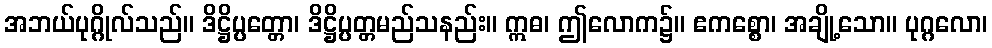
အဘယ်ပုဂ္ဂိုလ်သည်။ ဒိဋ္ဌိပ္ပတ္တော၊ ဒိဋ္ဌိပ္ပတ္တမည်သနည်း။ ဣဓ၊ ဤလောက၌။ ဧကစ္စော၊ အချို့သော။ ပုဂ္ဂလော၊